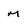
Character: M